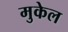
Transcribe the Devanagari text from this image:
मुकेल